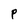
Character: P